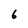
Character: 6